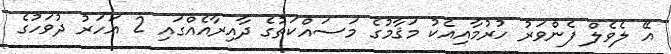
އޭ ލެވެލް ފެންވަރު ހުރުމާއިއެކު މަޤާމުގެ މަސައްކަތުގެ ދާއިރާއެއްގައި 2 އަހަރު ދުވަހުގެ